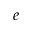
e